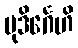
မုဒိင်္ဂေဟိ